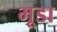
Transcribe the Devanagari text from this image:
भूडा